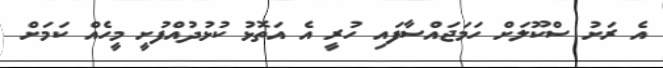
އެ ރަށު ސްކޫލަށް ހަމަޖައްސާފައި ހުރީ އެ އަތޮޅު ކުޅުދުއްފުށީ މީހެއް ކަމަށް